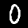
Label: 0